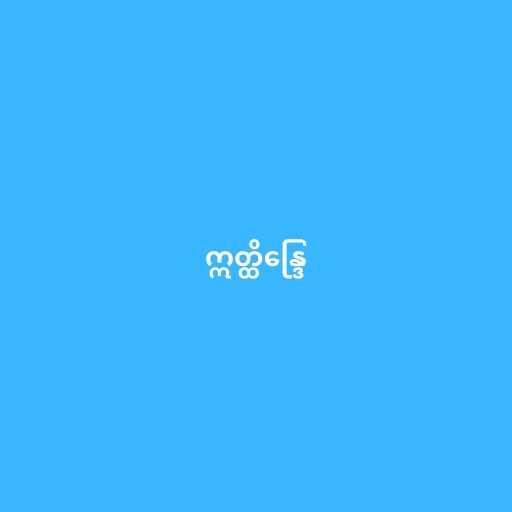
ဣတ္ထိန္ဒြေ